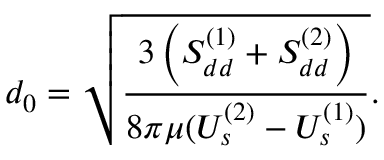
d _ { 0 } = \sqrt { \frac { 3 \left( S _ { d d } ^ { ( 1 ) } + S _ { d d } ^ { ( 2 ) } \right) } { 8 \pi \mu ( U _ { s } ^ { ( 2 ) } - U _ { s } ^ { ( 1 ) } ) } } .